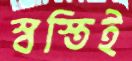
স্বস্তিই